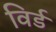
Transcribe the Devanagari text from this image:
विर्ड